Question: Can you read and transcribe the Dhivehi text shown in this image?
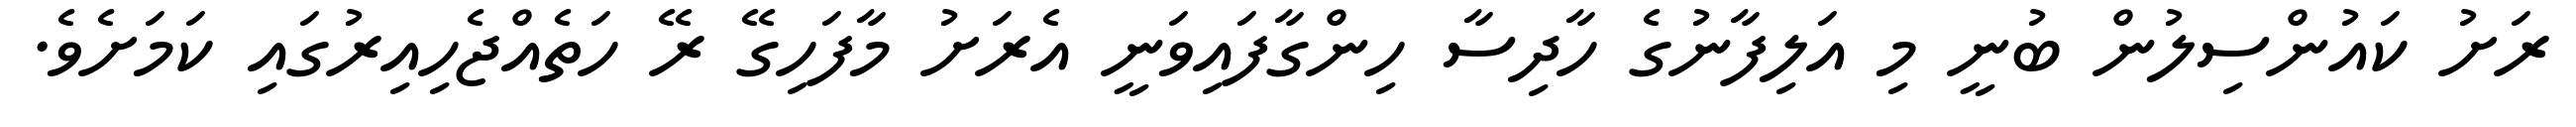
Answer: ރަށު ކައުންސިލުން ބުނީ މި އަލިފާނުގެ ހާދިސާ ހިންގާފައިވަނީ އެރަށު މާފަހިގޭ ރޭ ހަތެއްޖެހިއިރުގައި ކަމަށެވެ.